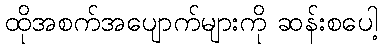
ထိုအစက်အပျောက်များကို ဆန်းစပေါ့